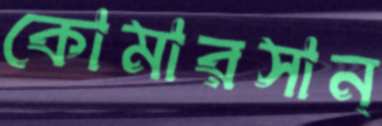
কোমারসান্